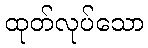
ထုတ်လုပ်သော